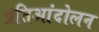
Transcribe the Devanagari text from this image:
प्रतिआंदोलन